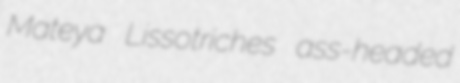
Mateya Lissotriches ass-headed